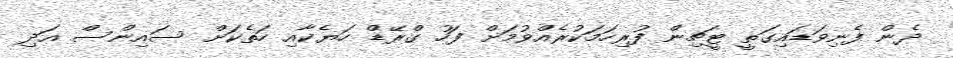
ދެން ފެނިވަޑައިގަތީ ޓީޗިން ފުރިހަމަކުރެއްވުމަށް ފަހު ގްރޭޑް ހަޔެކާއި ހަތެކަށް ސައިންސް އަދި